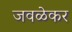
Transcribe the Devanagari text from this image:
जवळेकर